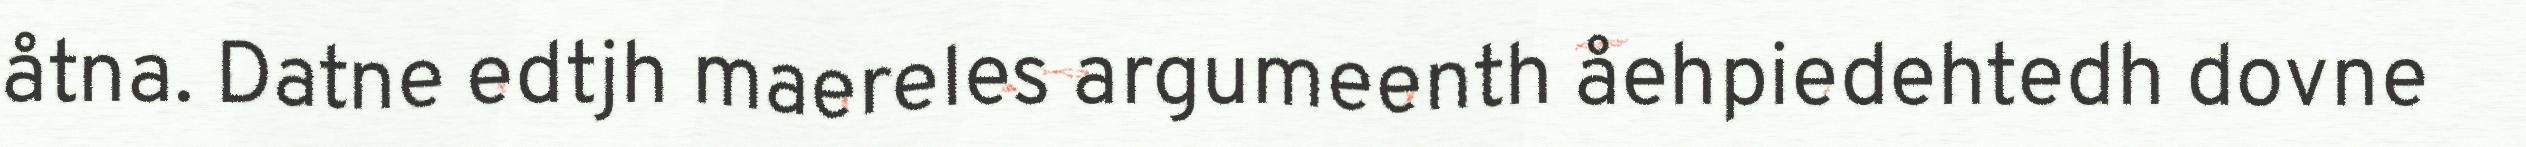
åtna. Datne edtjh maereles argumeenth åehpiedehtedh dovne